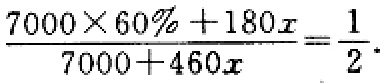
\(\frac{7000\times 60\% + 180x}{7000 + 460x}=\frac{1}{2}\)